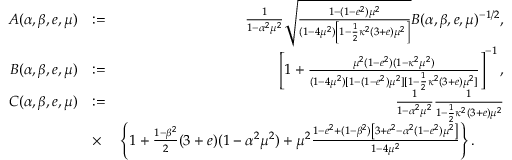
\begin{array} { r l r } { A ( \alpha , \beta , e , \mu ) } & { : = } & { \frac { 1 } { 1 - \alpha ^ { 2 } \mu ^ { 2 } } \sqrt { \frac { 1 - ( 1 - e ^ { 2 } ) \mu ^ { 2 } } { ( 1 - 4 \mu ^ { 2 } ) \left[ 1 - \frac { 1 } { 2 } \kappa ^ { 2 } ( 3 + e ) \mu ^ { 2 } \right] } } B ( \alpha , \beta , e , \mu ) ^ { - 1 / 2 } , } \\ { B ( \alpha , \beta , e , \mu ) } & { : = } & { \left[ 1 + \frac { \mu ^ { 2 } ( 1 - e ^ { 2 } ) ( 1 - \kappa ^ { 2 } \mu ^ { 2 } ) } { ( 1 - 4 \mu ^ { 2 } ) [ 1 - ( 1 - e ^ { 2 } ) \mu ^ { 2 } ] [ 1 - \frac { 1 } { 2 } \kappa ^ { 2 } ( 3 + e ) \mu ^ { 2 } ] } \right] ^ { - 1 } , } \\ { C ( \alpha , \beta , e , \mu ) } & { : = } & { \frac { 1 } { 1 - \alpha ^ { 2 } \mu ^ { 2 } } \frac { 1 } { 1 - \frac { 1 } { 2 } \kappa ^ { 2 } ( 3 + e ) \mu ^ { 2 } } } \\ & { \times } & { \left\{ 1 + \frac { 1 - \beta ^ { 2 } } { 2 } ( 3 + e ) ( 1 - \alpha ^ { 2 } \mu ^ { 2 } ) + \mu ^ { 2 } \frac { 1 - e ^ { 2 } + ( 1 - \beta ^ { 2 } ) \left[ 3 + e ^ { 2 } - \alpha ^ { 2 } ( 1 - e ^ { 2 } ) \mu ^ { 2 } \right] } { 1 - 4 \mu ^ { 2 } } \right\} . \qquad } \end{array}